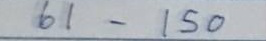
61 - 150